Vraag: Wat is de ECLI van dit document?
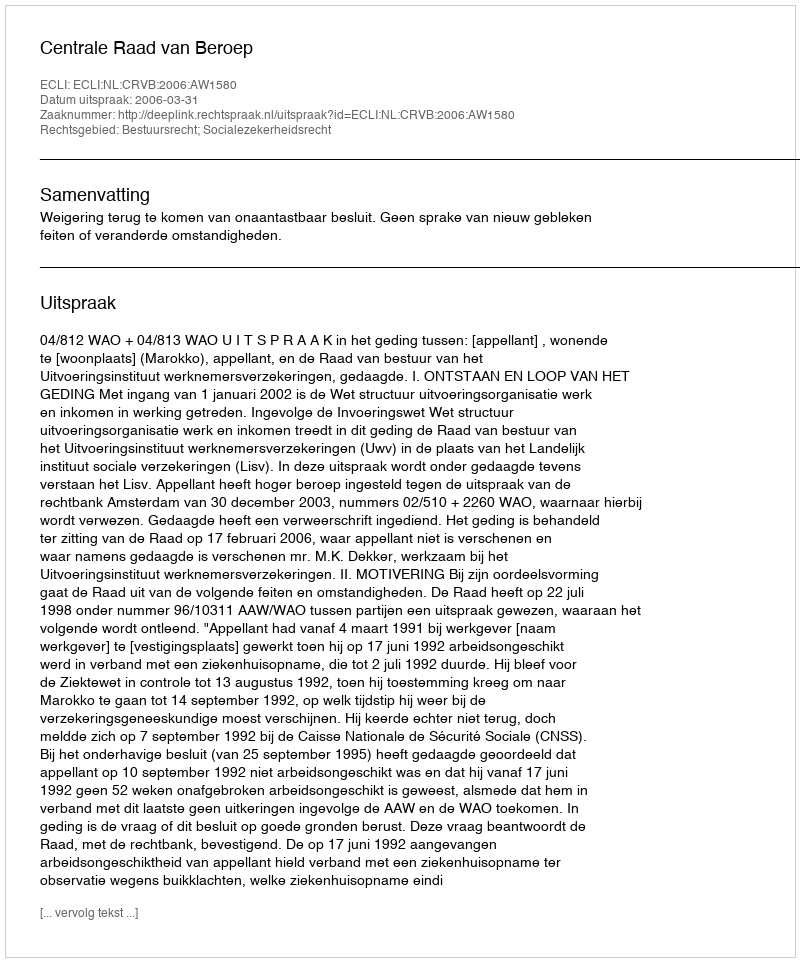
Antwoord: ECLI:NL:CRVB:2006:AW1580